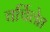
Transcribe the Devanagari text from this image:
चर्चिलेत